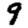
Digit: 9